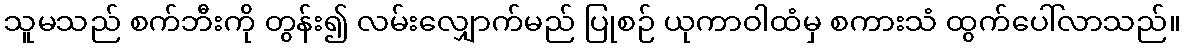
သူမသည် စက်ဘီးကို တွန်း၍ လမ်းလျှောက်မည် ပြုစဉ် ယုကာဝါထံမှ စကားသံ ထွက်ပေါ်လာသည်။